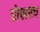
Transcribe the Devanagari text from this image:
रोलरच